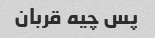
پس چیه قربان